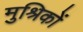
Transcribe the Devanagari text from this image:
मुश्रिकों